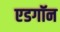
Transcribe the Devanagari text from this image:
एडगॉन